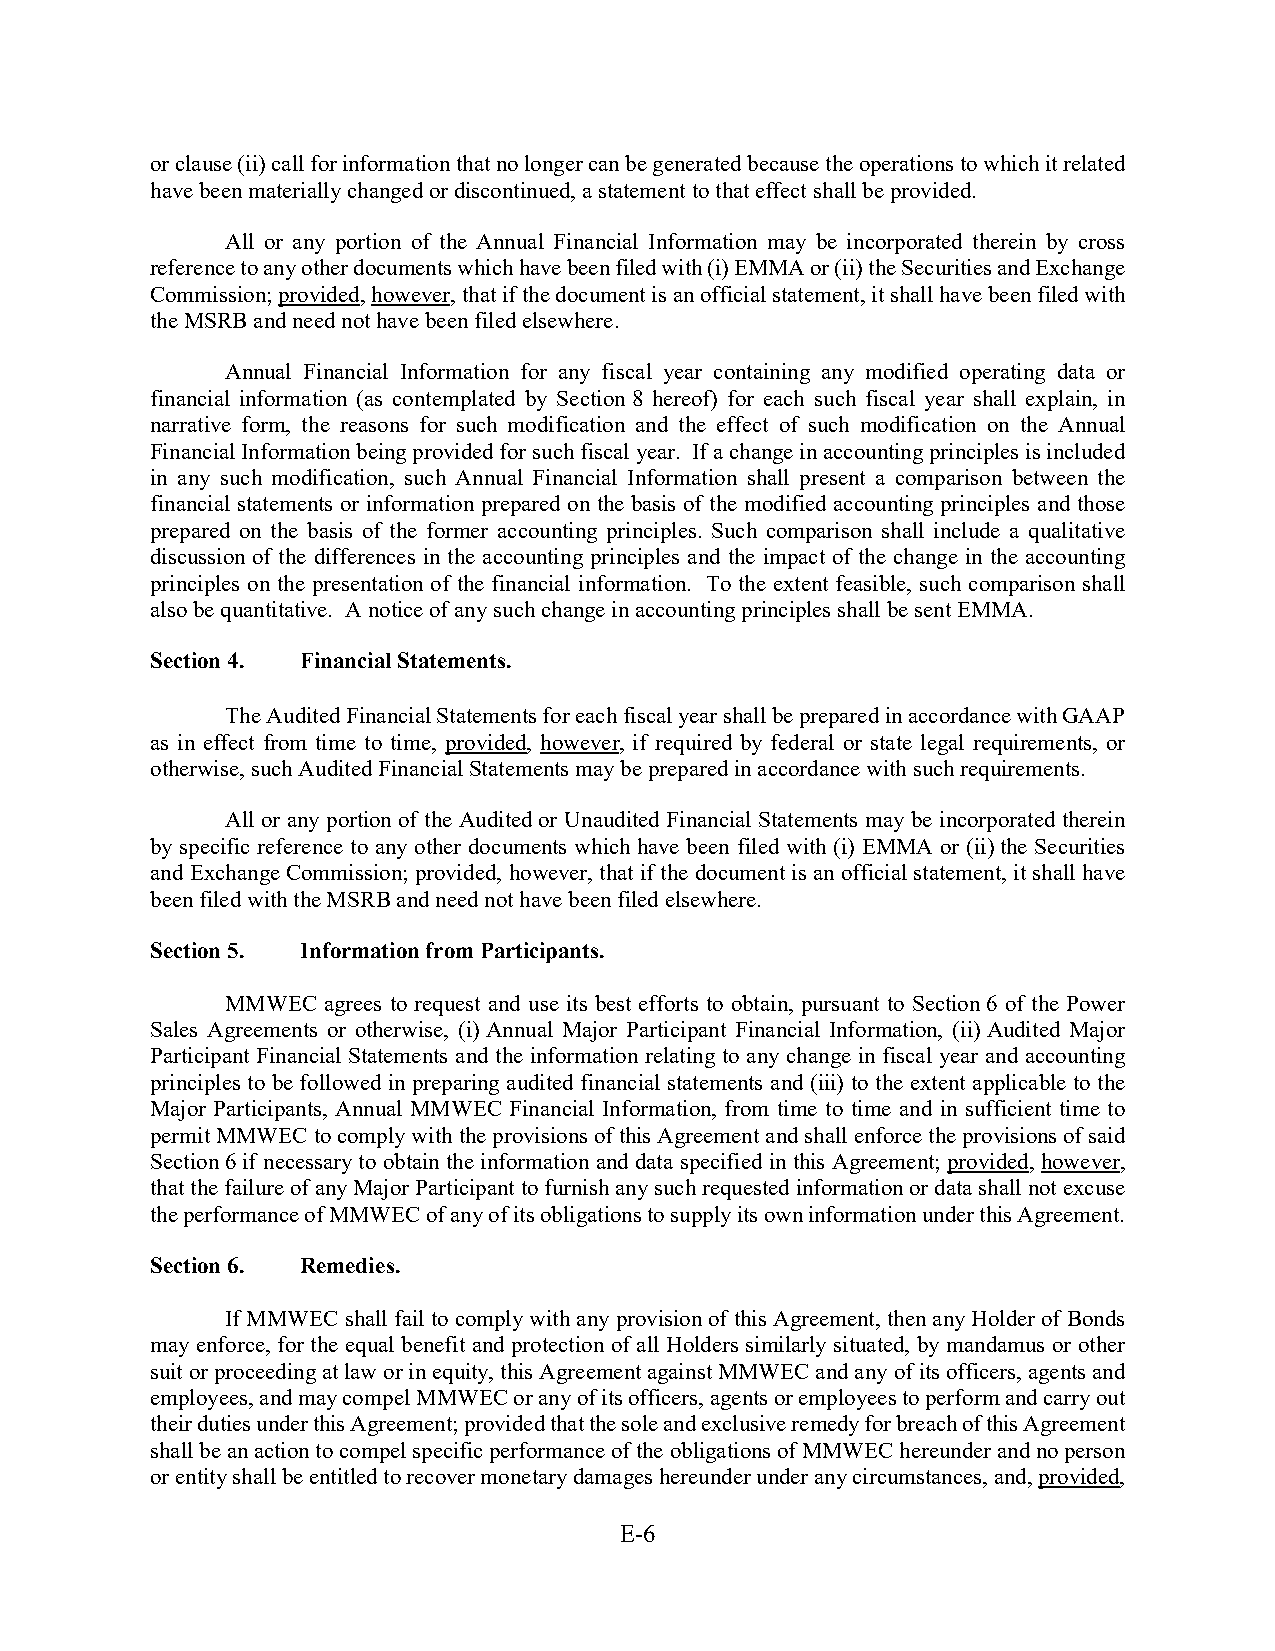
or clause (ii) call for information that no longer can be generated because the operations to which it related
 have been materially changed or discontinued, a statement to that effect shall be provided.
 All or any portion of the Annual Financial Information may be incorporated therein by cross
 reference to any other documents which have been filed with (i) EMMA or (ii) the Securities and Exchange
 Commission; provided, however, that if the document is an official statement, it shall have been filed with
 the MSRB and need not have been filed elsewhere.
 Annual Financial Information for any fiscal year containing any modified operating data or
 financial information (as contemplated by Section 8 hereof) for each such fiscal year shall explain, in
 narrative form, the reasons for such modification and the effect of such modification on the Annual
 Financial Information being provided for such fiscal year. If a change in accounting principles is included
 in any such modification, such Annual Financial Information shall present a comparison between the
 financial statements or information prepared on the basis of the modified accounting principles and those
 prepared on the basis of the former accounting principles. Such comparison shall include a qualitative
 discussion of the differences in the accounting principles and the impact of the change in the accounting
 principles on the presentation of the financial information. To the extent feasible, such comparison shall
 also be quantitative. A notice of any such change in accounting principles shall be sent EMMA.
 Section 4. Financial Statements.
 The Audited Financial Statements for each fiscal year shall be prepared in accordance with GAAP
 as in effect from time to time, provided, however, if required by federal or state legal requirements, or
 otherwise, such Audited Financial Statements may be prepared in accordance with such requirements.
 All or any portion of the Audited or Unaudited Financial Statements may be incorporated therein
 by specific reference to any other documents which have been filed with (i) EMMA or (ii) the Securities
 and Exchange Commission; provided, however, that if the document is an official statement, it shall have
 been filed with the MSRB and need not have been filed elsewhere.
 Section 5. Information from Participants.
 MMWEC agrees to request and use its best efforts to obtain, pursuant to Section 6 of the Power
 Sales Agreements or otherwise, (i) Annual Major Participant Financial Information, (ii) Audited Major
 Participant Financial Statements and the information relating to any change in fiscal year and accounting
 principles to be followed in preparing audited financial statements and (iii) to the extent applicable to the
 Major Participants, Annual MMWEC Financial Information, from time to time and in sufficient time to
 permit MMWEC to comply with the provisions of this Agreement and shall enforce the provisions of said
 Section 6 if necessary to obtain the information and data specified in this Agreement; provided, however,
 that the failure of any Major Participant to furnish any such requested information or data shall not excuse
 the performance of MMWEC of any of its obligations to supply its own information under this Agreement.
 Section 6. Remedies.
 If MMWEC shall fail to comply with any provision of this Agreement, then any Holder of Bonds
 may enforce, for the equal benefit and protection of all Holders similarly situated, by mandamus or other
 suit or proceeding at law or in equity, this Agreement against MMWEC and any of its officers, agents and
 employees, and may compel MMWEC or any of its officers, agents or employees to perform and carry out
 their duties under this Agreement; provided that the sole and exclusive remedy for breach of this Agreement
 shall be an action to compel specific performance of the obligations of MMWEC hereunder and no person
 or entity shall be entitled to recover monetary damages hereunder under any circumstances, and, provided,
 E-6